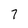
Character: 7